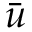
\bar { \boldsymbol { u } }